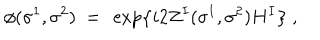
LaTeX: \phi ( \sigma ^ { 1 } , \sigma ^ { 2 } ) \ = \ \exp \left\{ i 2 Z ^ { I } ( \sigma ^ { 1 } , \sigma ^ { 2 } ) H ^ { I } \right\} \ ,